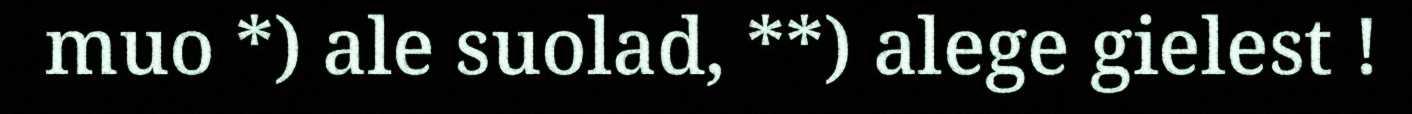
muo *) ale suolad, **) alege gielest !